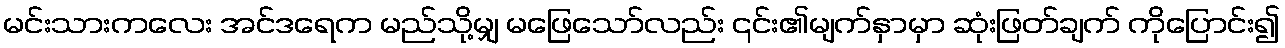
မင်းသားကလေး အင်ဒရေက မည်သို့မျှ မဖြေသော်လည်း ၎င်း၏မျက်နှာမှာ ဆုံးဖြတ်ချက် ကိုပြောင်း၍